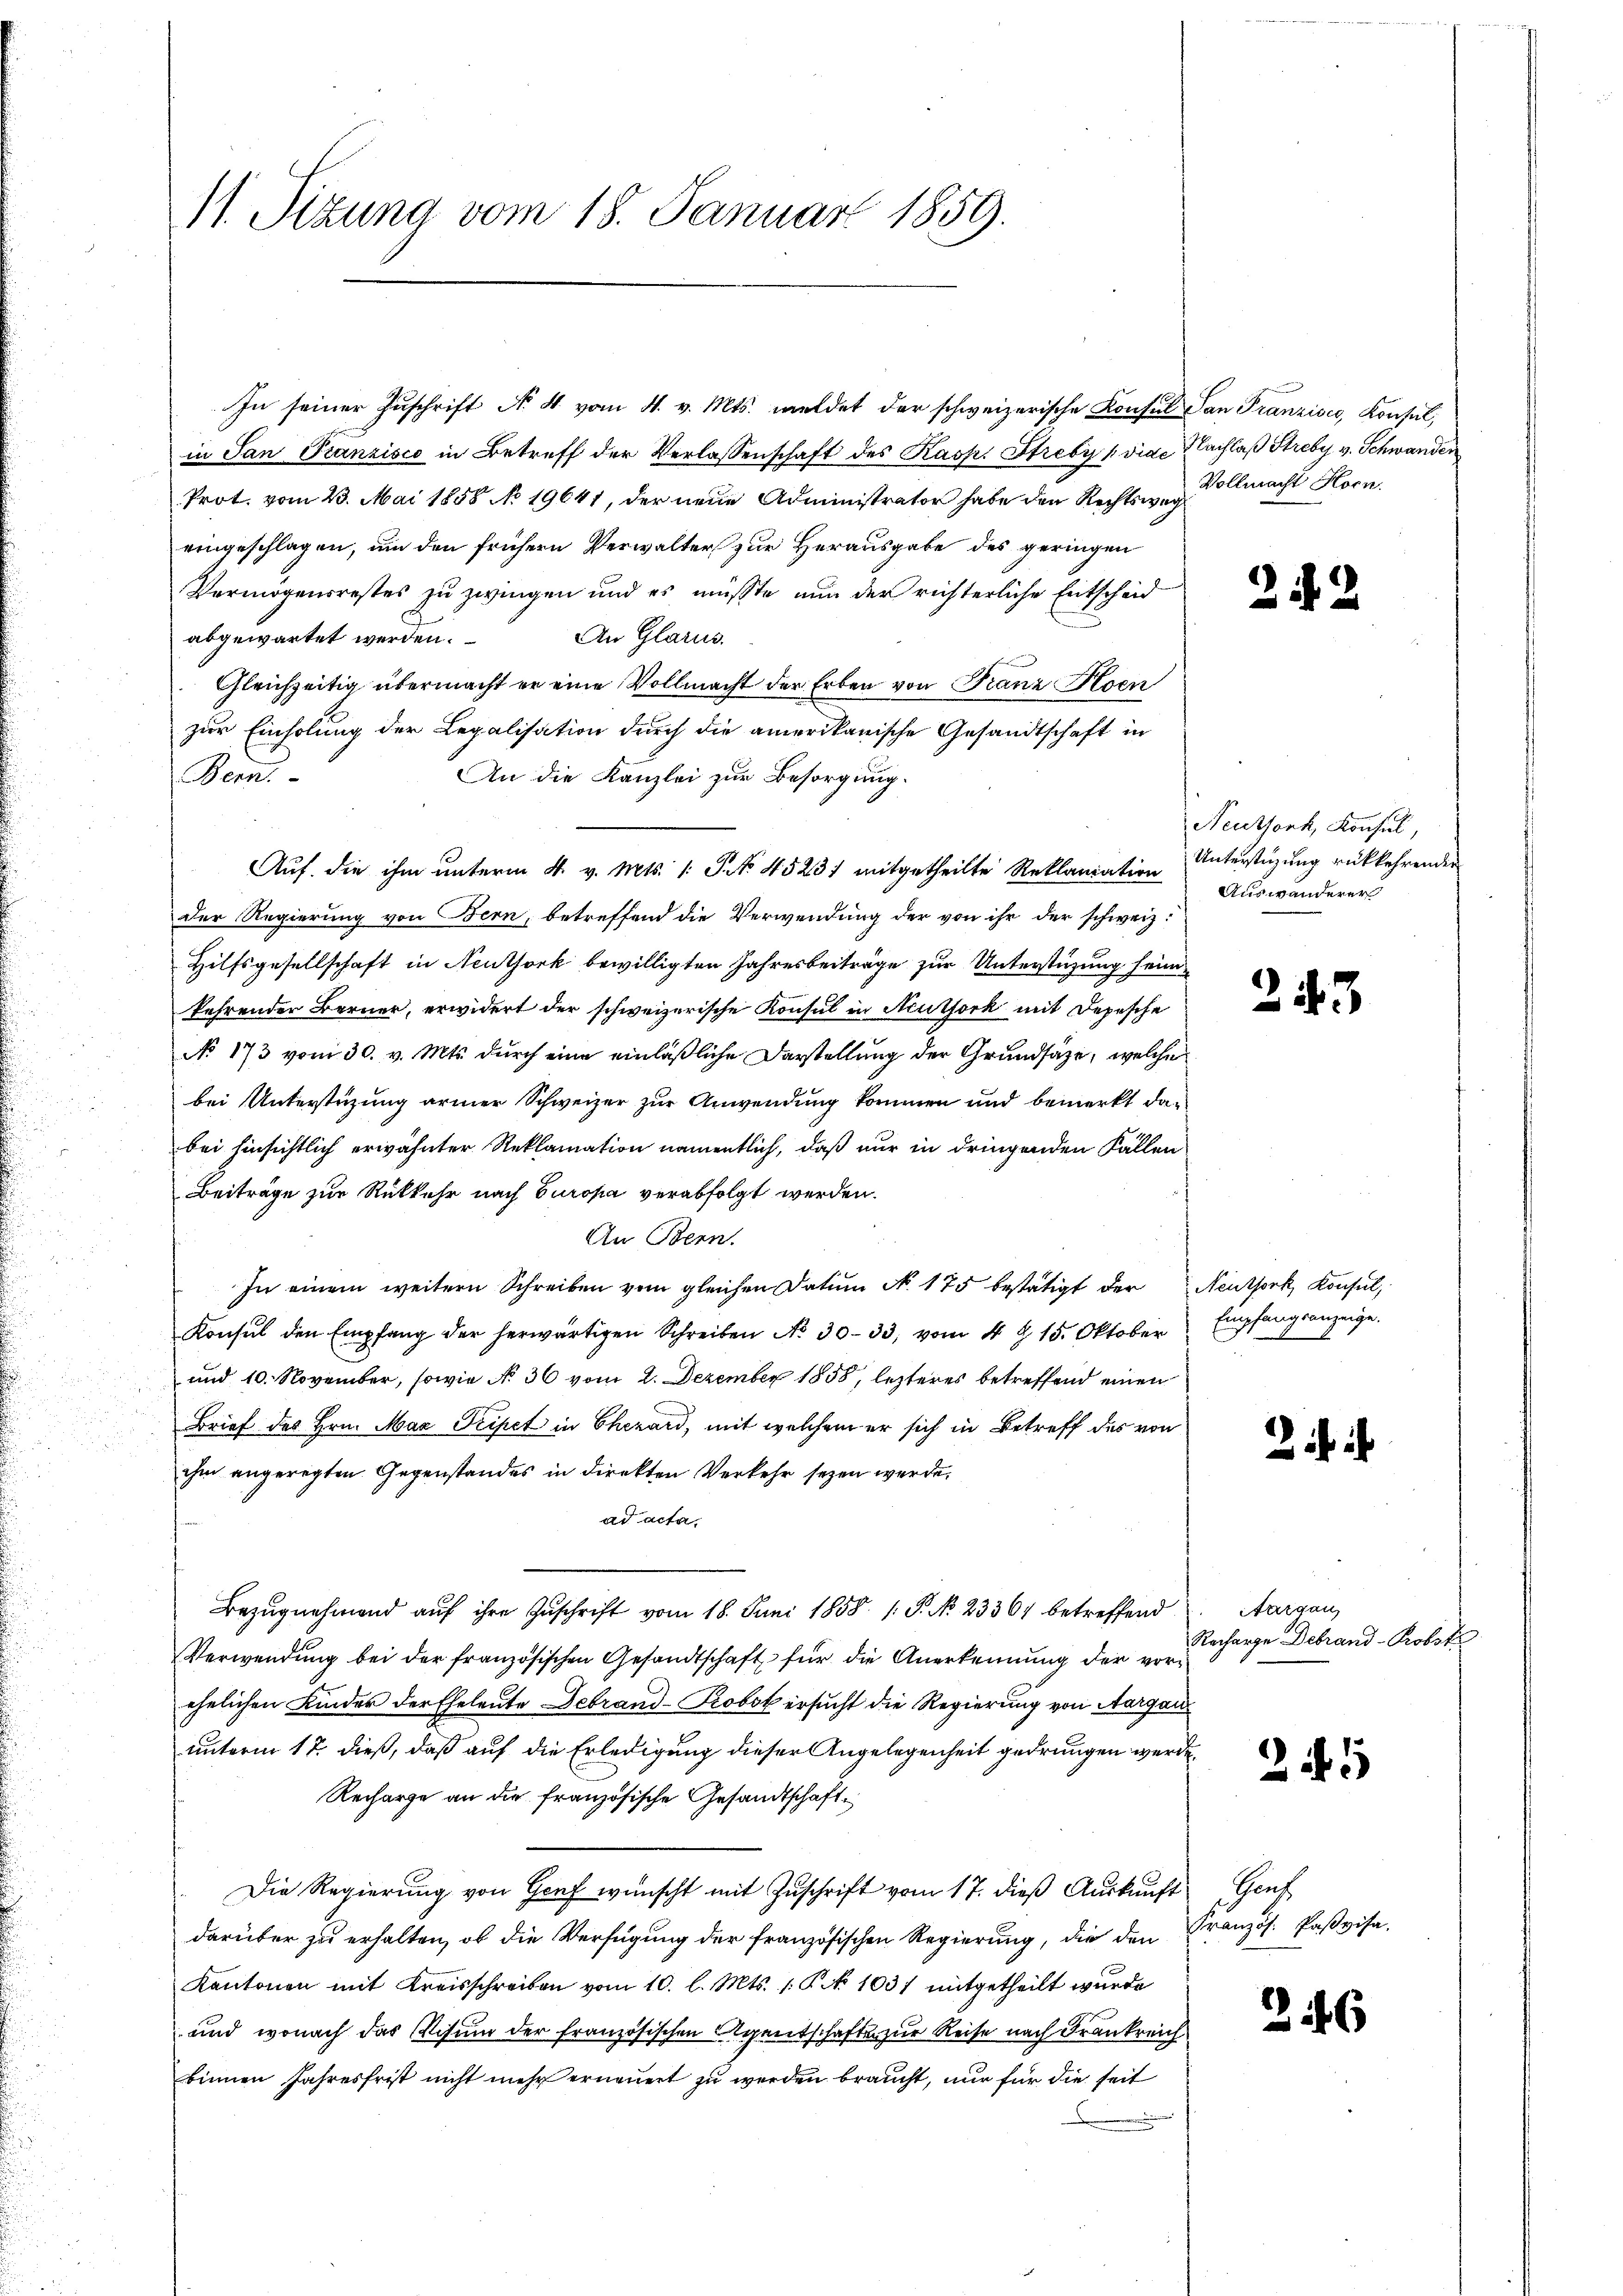
In seiner Zuschrift No 4 vom 4. v. Mts. meldet der schweizerische Konsul San Franzisco, Konsul,
in San Franzisco in Betreff der Verlassenschaft des Kasp. Strebyk die Nachlaß Strebe v. Schwanden
Prot. vom 23. Mai 1858 No 19641, der neue Administrator habe den Rechtsweg
eingeschlagen, um den frühern Verwalter zur Herausgabe des geringen
Vermögensrestes zu zwingen und es müßte nun der richterliche Entscheid
An Glarus.
abgewartet werden.
Gleichzeitig übermacht er eine Vollmacht der Erben von Franz Hoen
zur Einholung der Legalisation durch die amerikanische Gesandtschaft in
Bern.
An die Kanzlei zur Besorgung.
Auf die ihm unterm 4. v. Mts. 1 S. 4523) mitgetheilte Reklamation
der Regierung von Bern, betreffend die Verwendung der von ihr der schweiz.
Hilfsgesellschaft in Neuthork bewilligten Jahresbeiträge zur Unterstüzung sein
kehrender Berner, erwidert der schweizerische Konsul in Neutfork mit Depesche
No 173 vom 30. v. Mts. durch eine einläßliche Darstellung der Grundsätze, welche
bei Unterstüzung armer Schweizer zur Anwendung kommen und bemerkt dabei hinsichtlich erwähnter Reklamation namentlich, daß nur in dringenden Fällen
Beiträge zur Rückkehr nach Europa verabfolgt werden.
An Bern.
In einem weitern Schreiben vom gleichen Datum No. 175 bestätigt der Neuthork, Konsul,
Konsul den Empfang der herwärtigen Schreiben No 30-33, vom 4 Z. 15. Oktober Empfangsanzeige.
und 10. November, sowie No 36 vom 2. Dezember 1858, lezteres betreffend einen
Brief des Hrn. Max Tripet in Cherard, mit welchem er sich in Betreff des von
ihm angeregten Gegenstandes in direkten Verkehr seyen werde.
ad acta.
Bezugnehmend auf ihre Zuschrift vom 18. Juni 1858. 1. P. No. 23361 betreffend
Verwendung bei der französischen Gesandtschaft für die Anerkennung der vorehelichen Kinder der Eheleute Debrand-Robot ersucht die Regierung von Aargauunterm 17. dieß, daß auf die Erledigung dieser Angelegenheit gedrungen werde.
Recharge an die französische Gesandtschaft
Die Regierung von Genf wünscht mit Zuschrift vom 17. dieß Auskunft
darüber zu erhalten, ob die Verfügung der französischen Regierung, die den
Kantonen mit Kreisschreiben vom 10. l. Mts. 1. P. Nr. 1031 mitgetheilt wurde
und wonach das Visum der französischen Agentschaften zur Reise nach Frankreich
binnen Jahresfrist nicht mehr erneuert zu werden braucht, nur für die seit

11. Sitzung vom 18. Januar 1859.

Vollmacht Horn.

242

Neuthork, Konsul,
Unterstüzung rückkehrender
Auswanderer

243

2

Aargau,
Recharge Debrand-Probst

245

Prus
Französ. Paßvisa.

246